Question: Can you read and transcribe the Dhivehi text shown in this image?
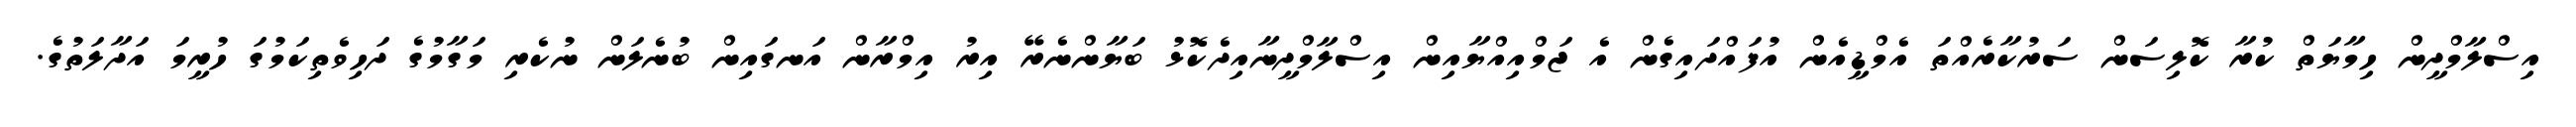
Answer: އިސްލާމްދީން ހިމާޔަތް ކުރާ ކޮލިސަން ސަރުކާރެއްތަ އެމްޑީއެން އުފައްދައިގެން އެ ޖަމްއިއްޔާއިން އިސްލާމްދީނާއިދެކޮޅު ބަޔާންނެރޭ އިރު އިމްރާން އަނގައިން ބުނެލަން ނުކެރި މަގާމުގެ ދަހިވެތިކަމުގަ ހުރީމަ އަދާލަތުގެ.